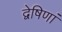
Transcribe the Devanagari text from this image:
द्वेषिणां